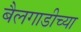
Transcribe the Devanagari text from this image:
बैलगाडीच्या